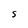
Character: S